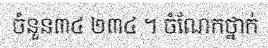
ចំនួន៣៤ ២៣៤ ។ ចំណែកថ្នាក់